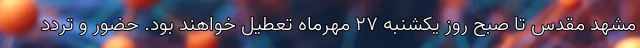
مشهد مقدس تا صبح روز یکشنبه 27 مهرماه تعطیل خواهند بود. حضور و تردد